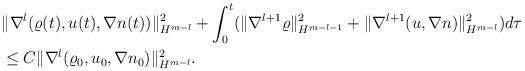
LaTeX: \begin{align*}\begin{aligned}&\|\nabla^l (\varrho(t), u(t),\nabla n(t))\|_{H^{m-l}}^2+\int_0^t ( \|\nabla^{l+1} \varrho\|_{H^{m-l-1}}^2+\|\nabla^{l+1}(u, \nabla n)\|_{H^{m-l}}^2 )d\tau\\&\le C\|\nabla^l (\varrho_0, u_0, \nabla n_0)\|_{H^{m-l}}^2.\end{aligned}\end{align*}